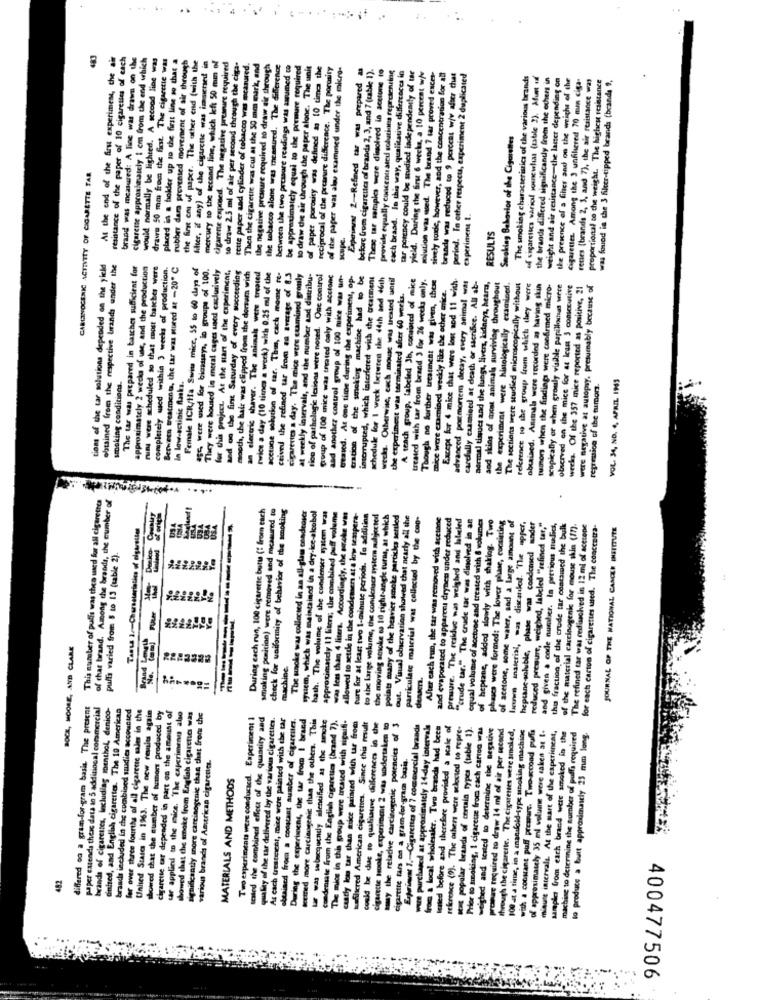
..
..
resistance of the paper of 10 cigarettes of each
brand was measured: A line was draws on the
cigarette approximately 1 cm from the end which
would normally be lighted. A second line was
placed in a hokler up to the first line so that a
the first cms of paper. The other end (with the
At the end of the Arst experiment, the
rubber dars prevented movement of air through
filter, if any) of the cigarette was immersed in
mercury to the second line, which left 50 mm ol
digarente exposed. The negative preanire required
to draw 2.5 ml of air per second through the ciga-
rette paper and cylinder of tobacco was measured.
Then the cigarette was cut at the 50 mm mark, and
the negative pressure required to draw air through
the tobacco alone was macanued. The difference
between the two pressure readings was assumed co
be approximately equal to the premure required
to draw die air through the paper alone. The unit
of paper porosity was defined & 10 times the
reciprocal of the pressure difference. The porosity
of the paper was also examined under the micro-
before from cigarettes of branda 2, 3, and 7 (table 1).
These tar sarapies were dimolved in acetone to
previste equally concentrated solutions representing
sar potency could be studied independently of tar
Experiment 2 -- Refined tar was prepared
each braad. In this way, qualitative differences in
yield. During the first 6 weeks, a 10 percent w/v
mlution was wed. The brand 7 sar proved exces-
sively tondc, however, and the concentration for all
brands was reduced to 9 percent wjw after that
period. In other respect, experiment 2 duplicated
The smoking characteristics of the various brands
of cigarettes waricil somewhat (rable 2). Mum of
the brands differed significandy from the others in
weight and air resistance-the latter depending on
the presence of a fines and on the weighs of the
Cigarettes. Among the 3 unfiltered 70 mun ciga-
rettes [brands 2, 3, and 7), the air resistance was
proportional so che weight. The higheu resistance
was found in the 3 fikcer-tipped brands (brands ",
drawe 50 mm from the first. The
Smoking Behavior of the Cigarettes
CARLINOCENIC ACTIVITY OF CIGARETTE TAR
experiment t.
scope.
RESULTS
tions of the tar solutions depended on the yield
obtained from the respective brands under the
The tar was prepared in batches sufficient for
approximately 2 weeks of use, and the production
ning were scheduled so that most batches were
completely wused within 3 weeks of production.
Berween treatments, the tar was stored at -20º C
Female ICR/Ha Swim micr, 55 to 60 days of
55 were used for bioassays, in groups of 100.
They were housed in metal cages used caclusively
for this project. At the start of the experiment,
acetone solution of car. This, cach mome re-
sed on the fint Saturday of every succeeding
mood, the hair was clipped from the dorsum with
an electric shaver. The animals were treated
twice a day (10 times a week) with 0.25 ml of the
ceived the refined tar from an average of 8.3
cigarettes a day. The mice were examined gronly
at weekly intervals, and the number sad distribu-
tico of pathologic lesions were noted. One control
group of 100 mice was treated only with acctonc
and another control group of 100 mice was un-
teased. At one time during the experiment, op-
of the smoking machine had to be
interrupted, which interfered with the treatment
schedule for I weck lieterten the 44th and 46th
wecks. Otherwise, each mouse was treated until
A tench group, labeled Jh, consisted of mice
treated with tar from brand > for 26 weeks only.
Though no further treatment was given, these
Except for 4 mice that were lost nod 11 with
advanced postmortem decay, every animal was
carefully caamined at death or sacrifice. All ab-
mice were examined weekly like the other mnice.
normal tissues and the lungs, livers, kidneys, heard,
and skins of most animals surviving throughout
the experiment were histologically examined.
The sections were studied microscopically without
reference to the group from which they were
obtained. Amtrala were recorded as having skin
tumors when the findings were confirmed micro-
scopically or when grouly visabile papillanes were
otserved on the mice for at Ican 3 consecutive
wecks. Of the 357 mice reported as positive, 21
were negative at autopsy. presumably because of
the experiment was terminated after 60 werkus.
smoking conditions.
In low-actinic flasks.
VOL. 34, NO. 4, APRIL 1945
regression of the tumors.
This number of puffs was then used for all cigarettes
of char brand. Among the brands, the cumber of
During cach run, 100 cigarette butte (" from each
smoking punition) were removed and measured to
check for uniformity of behavior of the smoking
ture for at least two 1-minute periods. To addition
The packe was collected in an all-glass onadeoser
system, which was maintained in a dry-ice-alcobol
hash. The volume of she condenser system was
approximately 11 liters; the combined puff volume
was less than 4 liters. Accordingly, the poke was
allowed to settle in the condemser at a low tempera-
to the large volume, the condenser system subjected
the moving scioke sa 10 right-angle turns, at which
points maany of the heavier smoke partickes settled
out. Visual observation showed that nearly all the
particulate material was collected by the coo-
After each run, the tar was removed with acetone
and evaporated to appareni drynet under reduced
pressure. The residue was weighed and labeled
"crude tar." The crude tar was dinolved in an
equal volume of acetone and treated with & volumes
of heptane, added slowly with thaklog. Two
phascs were formed: The lower phase, consisting
of acetone, some water, and a large amount of
Tanta 2 .- Characteristics of cigarettes
lacuwn inaterial, mas discanles. The apper
heptanc soluble, phase was condcmed under
reduced presure, weighed, labeled "refined tar,"
and given a code number. In previous musics,
the fraction of the crude tar contained the bulk
of the material carcinogenic for mouse skin (17).
The refined tar was redissolved in 12 ml of acetone
for each carton of cigarettes wased. The concentra-
JOURNAL OF THE NATIONAL CANCER INETITUTE
puffa varied from $ to 13 (table 2).
-
BOCK, MOORE, AND CLARK
No.
machine.
densers.
differed co a gram-for-gram basis. The present
paper casenda thexc data in 5 additional commercial
brands of cigarettes, Including menthol, denico-
dinired, and English cigarettes. The 19 Americas
braads included in the combined studies accounted
fer over three fourths of all cigarette sales in the
United States in 1963. The new results again
showed that the number of tumor produced by
cigarette tar depended in part on the amount of
car applied to the mice. The experimenu also
showed that the smoke from English cigarettes was
significantly more carcinogenic than that from the
Two experiments were conductcd. Experiment I
tested the combined effect of the quantity and
qualey of the tar delivered by the various cigarettes
As each Greaterent, mice were painted with the tar
obtained froca a constant number of cigarrites.
During the experiment, the tar from I brand
texted more carcinogenic than the others. This
condensate from the English cigarettes (brand 7).
The mios in the group were treated with sigaif.
afilicred American cigarettes. Since this result
could be due to qualisure differences in the
castly lon tar than mice painted with ur from
cigarette tooke, experiment 2 was undertaken to
smy the relative carcinogenic potencies of
Experinuat 1 .- Cigarettes of 7 commercial brands
wwe purchased at approximately 14-day intervals
from & local wholesaler. Tiro brands had becs
Isaled before and therefore provided a scale of
reference (9). The others were selected to repre-
popular brands of certain types (table 1)
Hor to smoking, 1 cigareue from each carton was
ished and tested to determine the negative
hat required to draw 14 ml of air per second
through the cigarette. The cigarettes were smoled.
100 at a time, in a manifold-type stboking machine
with a constant puff presur. Two-second puffa
of approximately 35 ml volume were taken at 1.
miaute intervals. At the mart of the experiment,
maching to determine the number of puffs required
samples from each brand were smoked in the
to produce a butt approximately 23 mm long.
cigarette fars on a gram-for-gram buis.
various brands of American cigarettes.
MATERIALS AND METHODS
400477506